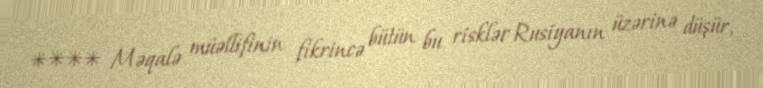
**** Məqalə müəllifinin fikrincə bütün bu risklər Rusiyanın üzərinə düşür,